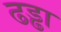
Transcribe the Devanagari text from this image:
ढड्ढा